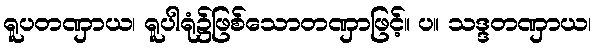
ရူပတဏှာယ၊ ရူပါရုံ၌ဖြစ်သောတဏှာဖြင့်။ ပ။ သဒ္ဒတဏှာယ၊